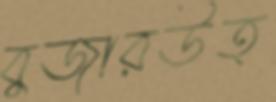
বুজারউত্